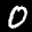
Label: 0